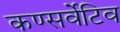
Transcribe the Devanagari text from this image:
कण्सर्वेटिव